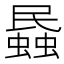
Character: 蟁